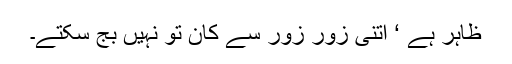
ظاہر ہے ‘ اتنی زور زور سے کان تو نہیں بج سکتے۔